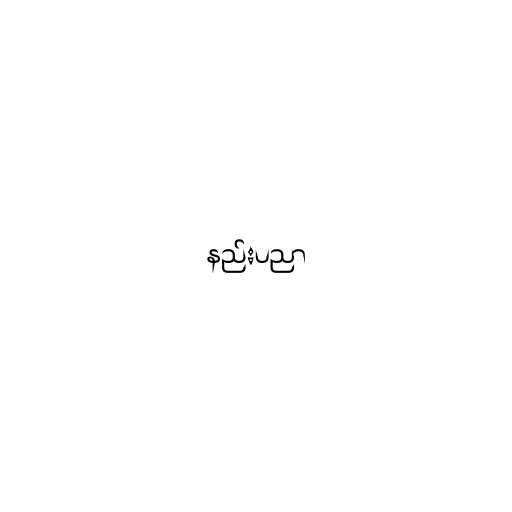
နည်းပညာ